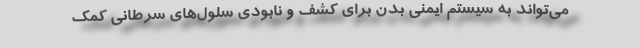
می‌تواند به سیستم ایمنی بدن برای کشف و نابودی سلول‌های سرطانی کمک